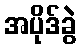
အပိုဒ်ခွဲ